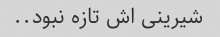
شیرینی اش تازه نبود..